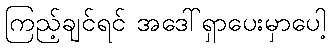
ကြည့်ချင်ရင် အဒေါ်ရှာပေးမှာပေါ့